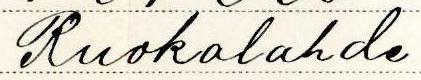
Ruokolahde